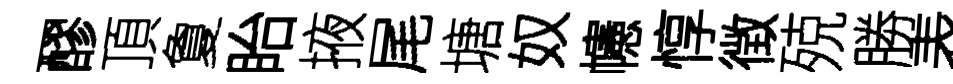
醪頂夐眙掖尾塘奴幰惇徴殑勝表